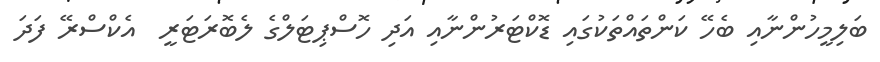
ބަލިމީހުންނާއި ބެހޭ ކަންތައްތަކުގައި ޑޮކްޓަރުންނާއި އަދި ހޮސްޕިޓަލްގެ ލެބޮރަޓަރީ  އެކްސްރޭ ފަދަ